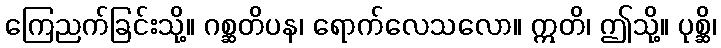
ကြေညက်ခြင်းသို့။ ဂစ္ဆတိပန၊ ရောက်လေသလော။ ဣတိ၊ ဤသို့။ ပုစ္ဆိ၊